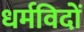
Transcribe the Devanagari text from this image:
धर्मविदों